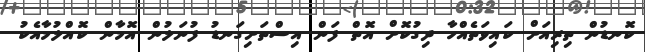
ކޮނޑުން ތިރިއަށް ކައިވަތެއްހާ ދިގުކޮށް އޮތް ފަން އިސްތަށިގަނޑު ފުނަލުން އޮމާން ކޮއްލުމާއެކު